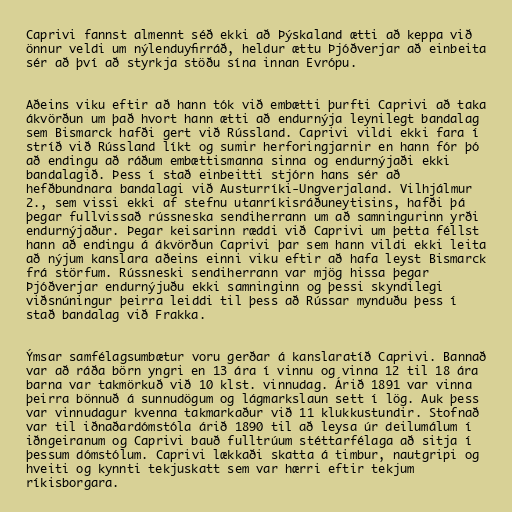
Caprivi fannst almennt séð ekki að Þýskaland ætti að keppa við
önnur veldi um nýlenduyfirráð, heldur ættu Þjóðverjar að einbeita
sér að því að styrkja stöðu sína innan Evrópu.

Aðeins viku eftir að hann tók við embætti þurfti Caprivi að taka
ákvörðun um það hvort hann ætti að endurnýja leynilegt bandalag
sem Bismarck hafði gert við Rússland. Caprivi vildi ekki fara í
stríð við Rússland líkt og sumir herforingjarnir en hann fór þó
að endingu að ráðum embættismanna sinna og endurnýjaði ekki
bandalagið. Þess í stað einbeitti stjórn hans sér að
hefðbundnara bandalagi við Austurríki-Ungverjaland. Vilhjálmur
2., sem vissi ekki af stefnu utanríkisráðuneytisins, hafði þá
þegar fullvissað rússneska sendiherrann um að samningurinn yrði
endurnýjaður. Þegar keisarinn ræddi við Caprivi um þetta féllst
hann að endingu á ákvörðun Caprivi þar sem hann vildi ekki leita
að nýjum kanslara aðeins einni viku eftir að hafa leyst Bismarck
frá störfum. Rússneski sendiherrann var mjög hissa þegar
Þjóðverjar endurnýjuðu ekki samninginn og þessi skyndilegi
viðsnúningur þeirra leiddi til þess að Rússar mynduðu þess í
stað bandalag við Frakka.

Ýmsar samfélagsumbætur voru gerðar á kanslaratíð Caprivi. Bannað
var að ráða börn yngri en 13 ára í vinnu og vinna 12 til 18 ára
barna var takmörkuð við 10 klst. vinnudag. Árið 1891 var vinna
þeirra bönnuð á sunnudögum og lágmarkslaun sett í lög. Auk þess
var vinnudagur kvenna takmarkaður við 11 klukkustundir. Stofnað
var til iðnaðardómstóla árið 1890 til að leysa úr deilumálum í
iðngeiranum og Caprivi bauð fulltrúum stéttarfélaga að sitja í
þessum dómstólum. Caprivi lækkaði skatta á timbur, nautgripi og
hveiti og kynnti tekjuskatt sem var hærri eftir tekjum
ríkisborgara.